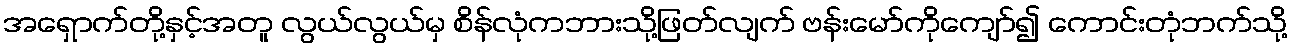
အရှောက်တို့နှင့်အတူ လွယ်လွယ်မှ စိန်လုံကဘားသို့ဖြတ်လျက် ဗန်းမော်ကိုကျော်၍ ကောင်းတုံဘက်သို့